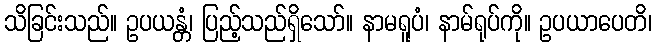
သိခြင်းသည်။ ဥပယန္တံ၊ ပြည့်သည်ရှိသော်။ နာမရူပံ၊ နာမ်ရုပ်ကို။ ဥပယာပေတိ၊